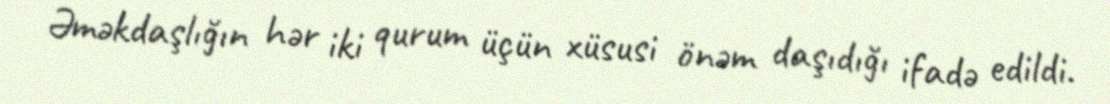
Əməkdaşlığın hər iki qurum üçün xüsusi önəm daşıdığı ifadə edildi.